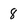
Character: 8